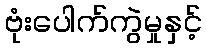
ဗုံးပေါက်ကွဲမှုနှင့်